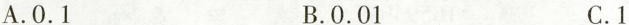
A.0.1 B.0.01 C.1